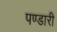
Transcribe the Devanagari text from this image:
पण्डारी